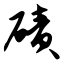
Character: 碛